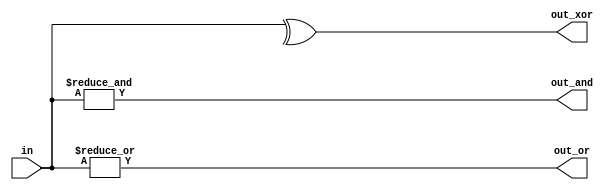
/*
Problem Statement: Build a combinational circuit with four inputs, in[3:0].

                        There are 3 outputs:

                        out_and: output of a 4-input AND gate.
                        out_or: output of a 4-input OR gate.
                        out_xor: output of a 4-input XOR gate.
*/

//Solution:

module top_module( 
    input [3:0] in,
    output out_and,
    output out_or,
    output out_xor
);
     assign out_and=&(in);
     assign out_or=|(in);
     assign out_xor=^(in);

endmodule